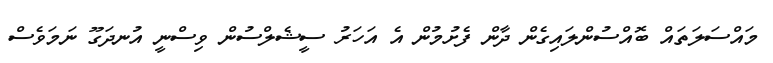
މައްސަލަތައް ބޮއްސުންލައިގެން ދާން ފެށުމުން އެ އަހަރު ސީޝެލްސުން ވިސްނީ އުނދަގޫ ނަމަވެސް